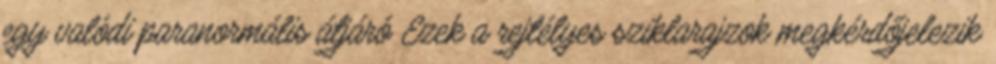
egy valódi paranormális átjáró Ezek a rejtélyes sziklarajzok megkérdőjelezik